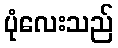
ပုံလေးသည်